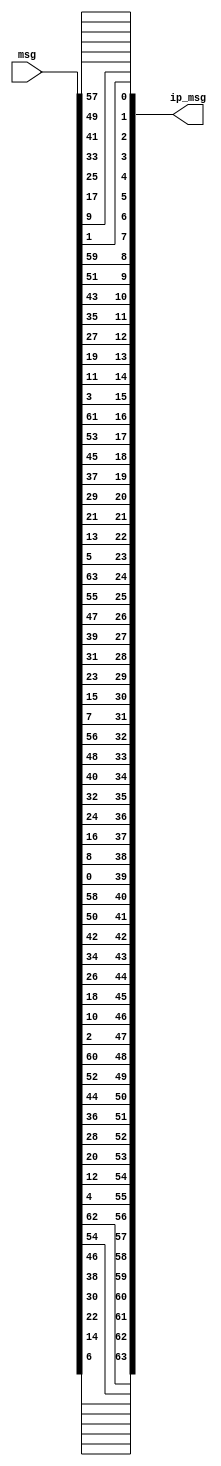
module ip(input[1:64] msg, output [1:64] ip_msg);
    assign ip_msg[1] = msg[58];
    assign ip_msg[2] = msg[50];
    assign ip_msg[3] = msg[42];
    assign ip_msg[4] = msg[34];
    assign ip_msg[5] = msg[26];
    assign ip_msg[6] = msg[18];
    assign ip_msg[7] = msg[10];
    assign ip_msg[8] = msg[2];
    assign ip_msg[9] = msg[60];
    assign ip_msg[10] = msg[52];
    assign ip_msg[11] = msg[44];
    assign ip_msg[12] = msg[36];
    assign ip_msg[13] = msg[28];
    assign ip_msg[14] = msg[20];
    assign ip_msg[15] = msg[12];
    assign ip_msg[16] = msg[4];
    assign ip_msg[17] = msg[62];
    assign ip_msg[18] = msg[54];
    assign ip_msg[19] = msg[46];
    assign ip_msg[20] = msg[38];
    assign ip_msg[21] = msg[30];
    assign ip_msg[22] = msg[22];
    assign ip_msg[23] = msg[14];
    assign ip_msg[24] = msg[6];
    assign ip_msg[25] = msg[64];
    assign ip_msg[26] = msg[56];
    assign ip_msg[27] = msg[48];
    assign ip_msg[28] = msg[40];
    assign ip_msg[29] = msg[32];
    assign ip_msg[30] = msg[24];
    assign ip_msg[31] = msg[16];
    assign ip_msg[32] = msg[8];
    assign ip_msg[33] = msg[57];
    assign ip_msg[34] = msg[49];
    assign ip_msg[35] = msg[41];
    assign ip_msg[36] = msg[33];
    assign ip_msg[37] = msg[25];
    assign ip_msg[38] = msg[17];
    assign ip_msg[39] = msg[9];
    assign ip_msg[40] = msg[1];
    assign ip_msg[41] = msg[59];
    assign ip_msg[42] = msg[51];
    assign ip_msg[43] = msg[43];
    assign ip_msg[44] = msg[35];
    assign ip_msg[45] = msg[27];
    assign ip_msg[46] = msg[19];
    assign ip_msg[47] = msg[11];
    assign ip_msg[48] = msg[3];
    assign ip_msg[49] = msg[61];
    assign ip_msg[50] = msg[53];
    assign ip_msg[51] = msg[45];
    assign ip_msg[52] = msg[37];
    assign ip_msg[53] = msg[29];
    assign ip_msg[54] = msg[21];
    assign ip_msg[55] = msg[13];
    assign ip_msg[56] = msg[5];
    assign ip_msg[57] = msg[63];
    assign ip_msg[58] = msg[55];
    assign ip_msg[59] = msg[47];
    assign ip_msg[60] = msg[39];
    assign ip_msg[61] = msg[31];
    assign ip_msg[62] = msg[23];
    assign ip_msg[63] = msg[15];
    assign ip_msg[64] = msg[7];
endmodule

module ip_inverse(input[1:64] msg, output [1:64] ipin_msg);
    assign ipin_msg[1] = msg[40];
    assign ipin_msg[2] = msg[8];
    assign ipin_msg[3] = msg[48];
    assign ipin_msg[4] = msg[16];
    assign ipin_msg[5] = msg[56];
    assign ipin_msg[6] = msg[24];
    assign ipin_msg[7] = msg[64];
    assign ipin_msg[8] = msg[32];
    assign ipin_msg[9] = msg[39];
    assign ipin_msg[10] = msg[7];
    assign ipin_msg[11] = msg[47];
    assign ipin_msg[12] = msg[15];
    assign ipin_msg[13] = msg[55];
    assign ipin_msg[14] = msg[23];
    assign ipin_msg[15] = msg[63];
    assign ipin_msg[16] = msg[31];
    assign ipin_msg[17] = msg[38];
    assign ipin_msg[18] = msg[6];
    assign ipin_msg[19] = msg[46];
    assign ipin_msg[20] = msg[14];
    assign ipin_msg[21] = msg[54];
    assign ipin_msg[22] = msg[22];
    assign ipin_msg[23] = msg[62];
    assign ipin_msg[24] = msg[30];
    assign ipin_msg[25] = msg[37];
    assign ipin_msg[26] = msg[5];
    assign ipin_msg[27] = msg[45];
    assign ipin_msg[28] = msg[13];
    assign ipin_msg[29] = msg[53];
    assign ipin_msg[30] = msg[21];
    assign ipin_msg[31] = msg[61];
    assign ipin_msg[32] = msg[29];
    assign ipin_msg[33] = msg[36];
    assign ipin_msg[34] = msg[4];
    assign ipin_msg[35] = msg[44];
    assign ipin_msg[36] = msg[12];
    assign ipin_msg[37] = msg[52];
    assign ipin_msg[38] = msg[20];
    assign ipin_msg[39] = msg[60];
    assign ipin_msg[40] = msg[28];
    assign ipin_msg[41] = msg[35];
    assign ipin_msg[42] = msg[3];
    assign ipin_msg[43] = msg[43];
    assign ipin_msg[44] = msg[11];
    assign ipin_msg[45] = msg[51];
    assign ipin_msg[46] = msg[19];
    assign ipin_msg[47] = msg[59];
    assign ipin_msg[48] = msg[27];
    assign ipin_msg[49] = msg[34];
    assign ipin_msg[50] = msg[2];
    assign ipin_msg[51] = msg[42];
    assign ipin_msg[52] = msg[10];
    assign ipin_msg[53] = msg[50];
    assign ipin_msg[54] = msg[18];
    assign ipin_msg[55] = msg[58];
    assign ipin_msg[56] = msg[26];
    assign ipin_msg[57] = msg[33];
    assign ipin_msg[58] = msg[1];
    assign ipin_msg[59] = msg[41];
    assign ipin_msg[60] = msg[9];
    assign ipin_msg[61] = msg[49];
    assign ipin_msg[62] = msg[17];
    assign ipin_msg[63] = msg[57];
    assign ipin_msg[64] = msg[25];
endmodule

module e(input[1:32] msg_r, output [1:48] emsg_r);
    assign emsg_r[1] = msg_r[32];
    assign emsg_r[2] = msg_r[1];
    assign emsg_r[3] = msg_r[2];
    assign emsg_r[4] = msg_r[3];
    assign emsg_r[5] = msg_r[4];
    assign emsg_r[6] = msg_r[5];
    assign emsg_r[7] = msg_r[4];
    assign emsg_r[8] = msg_r[5];
    assign emsg_r[9] = msg_r[6];
    assign emsg_r[10] = msg_r[7];
    assign emsg_r[11] = msg_r[8];
    assign emsg_r[12] = msg_r[9];
    assign emsg_r[13] = msg_r[8];
    assign emsg_r[14] = msg_r[9];
    assign emsg_r[15] = msg_r[10];
    assign emsg_r[16] = msg_r[11];
    assign emsg_r[17] = msg_r[12];
    assign emsg_r[18] = msg_r[13];
    assign emsg_r[19] = msg_r[12];
    assign emsg_r[20] = msg_r[13];
    assign emsg_r[21] = msg_r[14];
    assign emsg_r[22] = msg_r[15];
    assign emsg_r[23] = msg_r[16];
    assign emsg_r[24] = msg_r[17];
    assign emsg_r[25] = msg_r[16];
    assign emsg_r[26] = msg_r[17];
    assign emsg_r[27] = msg_r[18];
    assign emsg_r[28] = msg_r[19];
    assign emsg_r[29] = msg_r[20];
    assign emsg_r[30] = msg_r[21];
    assign emsg_r[31] = msg_r[20];
    assign emsg_r[32] = msg_r[21];
    assign emsg_r[33] = msg_r[22];
    assign emsg_r[34] = msg_r[23];
    assign emsg_r[35] = msg_r[24];
    assign emsg_r[36] = msg_r[25];
    assign emsg_r[37] = msg_r[24];
    assign emsg_r[38] = msg_r[25];
    assign emsg_r[39] = msg_r[26];
    assign emsg_r[40] = msg_r[27];
    assign emsg_r[41] = msg_r[28];
    assign emsg_r[42] = msg_r[29];
    assign emsg_r[43] = msg_r[28];
    assign emsg_r[44] = msg_r[29];
    assign emsg_r[45] = msg_r[30];
    assign emsg_r[46] = msg_r[31];
    assign emsg_r[47] = msg_r[32];
    assign emsg_r[48] = msg_r[1];
endmodule

module p_sbox(input[1:32] msg, output [1:32] p_msg);
    assign p_msg[1] = msg[16];
    assign p_msg[2] = msg[7];
    assign p_msg[3] = msg[20];
    assign p_msg[4] = msg[21];
    assign p_msg[5] = msg[29];
    assign p_msg[6] = msg[12];
    assign p_msg[7] = msg[28];
    assign p_msg[8] = msg[17];
    assign p_msg[9] = msg[1];
    assign p_msg[10] = msg[15];
    assign p_msg[11] = msg[23];
    assign p_msg[12] = msg[26];
    assign p_msg[13] = msg[5];
    assign p_msg[14] = msg[18];
    assign p_msg[15] = msg[31];
    assign p_msg[16] = msg[10];
    assign p_msg[17] = msg[2];
    assign p_msg[18] = msg[8];
    assign p_msg[19] = msg[24];
    assign p_msg[20] = msg[14];
    assign p_msg[21] = msg[32];
    assign p_msg[22] = msg[27];
    assign p_msg[23] = msg[3];
    assign p_msg[24] = msg[9];
    assign p_msg[25] = msg[19];
    assign p_msg[26] = msg[13];
    assign p_msg[27] = msg[30];
    assign p_msg[28] = msg[6];
    assign p_msg[29] = msg[22];
    assign p_msg[30] = msg[11];
    assign p_msg[31] = msg[4];
    assign p_msg[32] = msg[25];
endmodule

module s_box(input[6:1] B, input[3:0] s_box_id, output reg [4:1] SBOX);
    wire [2:1] i;
    wire [4:1] j;
    wire [3:0] S1[3:0][15:0];
    wire [3:0] S2[3:0][15:0];
    wire [3:0] S3[3:0][15:0];
    wire [3:0] S4[3:0][15:0];
    wire [3:0] S5[3:0][15:0];
    wire [3:0] S6[3:0][15:0];
    wire [3:0] S7[3:0][15:0];
    wire [3:0] S8[3:0][15:0];
    
    assign S1[0][0] = 14;
    assign S1[0][1] = 4;
    assign S1[0][2] = 13;
    assign S1[0][3] = 1;
    assign S1[0][4] = 2;
    assign S1[0][5] = 15;
    assign S1[0][6] = 11;
    assign S1[0][7] = 8;
    assign S1[0][8] = 3;
    assign S1[0][9] = 10;
    assign S1[0][10] = 6;
    assign S1[0][11] = 12;
    assign S1[0][12] = 5;
    assign S1[0][13] = 9;
    assign S1[0][14] = 0;
    assign S1[0][15] = 7;
    assign S1[1][0] = 0;
    assign S1[1][1] = 15;
    assign S1[1][2] = 7;
    assign S1[1][3] = 4;
    assign S1[1][4] = 14;
    assign S1[1][5] = 2;
    assign S1[1][6] = 13;
    assign S1[1][7] = 1;
    assign S1[1][8] = 10;
    assign S1[1][9] = 6;
    assign S1[1][10] = 12;
    assign S1[1][11] = 11;
    assign S1[1][12] = 9;
    assign S1[1][13] = 5;
    assign S1[1][14] = 3;
    assign S1[1][15] = 8;
    assign S1[2][0] = 4;
    assign S1[2][1] = 1;
    assign S1[2][2] = 14;
    assign S1[2][3] = 8;
    assign S1[2][4] = 13;
    assign S1[2][5] = 6;
    assign S1[2][6] = 2;
    assign S1[2][7] = 11;
    assign S1[2][8] = 15;
    assign S1[2][9] = 12;
    assign S1[2][10] = 9;
    assign S1[2][11] = 7;
    assign S1[2][12] = 3;
    assign S1[2][13] = 10;
    assign S1[2][14] = 5;
    assign S1[2][15] = 0;
    assign S1[3][0] = 15;
    assign S1[3][1] = 12;
    assign S1[3][2] = 8;
    assign S1[3][3] = 2;
    assign S1[3][4] = 4;
    assign S1[3][5] = 9;
    assign S1[3][6] = 1;
    assign S1[3][7] = 7;
    assign S1[3][8] = 5;
    assign S1[3][9] = 11;
    assign S1[3][10] = 3;
    assign S1[3][11] = 14;
    assign S1[3][12] = 10;
    assign S1[3][13] = 0;
    assign S1[3][14] = 6;
    assign S1[3][15] = 13;
    assign S2[0][0] = 15;
    assign S2[0][1] = 1;
    assign S2[0][2] = 8;
    assign S2[0][3] = 14;
    assign S2[0][4] = 6;
    assign S2[0][5] = 11;
    assign S2[0][6] = 3;
    assign S2[0][7] = 4;
    assign S2[0][8] = 9;
    assign S2[0][9] = 7;
    assign S2[0][10] = 2;
    assign S2[0][11] = 13;
    assign S2[0][12] = 12;
    assign S2[0][13] = 0;
    assign S2[0][14] = 5;
    assign S2[0][15] = 10;
    assign S2[1][0] = 3;
    assign S2[1][1] = 13;
    assign S2[1][2] = 4;
    assign S2[1][3] = 7;
    assign S2[1][4] = 15;
    assign S2[1][5] = 2;
    assign S2[1][6] = 8;
    assign S2[1][7] = 14;
    assign S2[1][8] = 12;
    assign S2[1][9] = 0;
    assign S2[1][10] = 1;
    assign S2[1][11] = 10;
    assign S2[1][12] = 6;
    assign S2[1][13] = 9;
    assign S2[1][14] = 11;
    assign S2[1][15] = 5;
    assign S2[2][0] = 0;
    assign S2[2][1] = 14;
    assign S2[2][2] = 7;
    assign S2[2][3] = 11;
    assign S2[2][4] = 10;
    assign S2[2][5] = 4;
    assign S2[2][6] = 13;
    assign S2[2][7] = 1;
    assign S2[2][8] = 5;
    assign S2[2][9] = 8;
    assign S2[2][10] = 12;
    assign S2[2][11] = 6;
    assign S2[2][12] = 9;
    assign S2[2][13] = 3;
    assign S2[2][14] = 2;
    assign S2[2][15] = 15;
    assign S2[3][0] = 13;
    assign S2[3][1] = 8;
    assign S2[3][2] = 10;
    assign S2[3][3] = 1;
    assign S2[3][4] = 3;
    assign S2[3][5] = 15;
    assign S2[3][6] = 4;
    assign S2[3][7] = 2;
    assign S2[3][8] = 11;
    assign S2[3][9] = 6;
    assign S2[3][10] = 7;
    assign S2[3][11] = 12;
    assign S2[3][12] = 0;
    assign S2[3][13] = 5;
    assign S2[3][14] = 14;
    assign S2[3][15] = 9;
    assign S3[0][0] = 10;
    assign S3[0][1] = 0;
    assign S3[0][2] = 9;
    assign S3[0][3] = 14;
    assign S3[0][4] = 6;
    assign S3[0][5] = 3;
    assign S3[0][6] = 15;
    assign S3[0][7] = 5;
    assign S3[0][8] = 1;
    assign S3[0][9] = 13;
    assign S3[0][10] = 12;
    assign S3[0][11] = 7;
    assign S3[0][12] = 11;
    assign S3[0][13] = 4;
    assign S3[0][14] = 2;
    assign S3[0][15] = 8;
    assign S3[1][0] = 13;
    assign S3[1][1] = 7;
    assign S3[1][2] = 0;
    assign S3[1][3] = 9;
    assign S3[1][4] = 3;
    assign S3[1][5] = 4;
    assign S3[1][6] = 6;
    assign S3[1][7] = 10;
    assign S3[1][8] = 2;
    assign S3[1][9] = 8;
    assign S3[1][10] = 5;
    assign S3[1][11] = 14;
    assign S3[1][12] = 12;
    assign S3[1][13] = 11;
    assign S3[1][14] = 15;
    assign S3[1][15] = 1;
    assign S3[2][0] = 13;
    assign S3[2][1] = 6;
    assign S3[2][2] = 4;
    assign S3[2][3] = 9;
    assign S3[2][4] = 8;
    assign S3[2][5] = 15;
    assign S3[2][6] = 3;
    assign S3[2][7] = 0;
    assign S3[2][8] = 11;
    assign S3[2][9] = 1;
    assign S3[2][10] = 2;
    assign S3[2][11] = 12;
    assign S3[2][12] = 5;
    assign S3[2][13] = 10;
    assign S3[2][14] = 14;
    assign S3[2][15] = 7;
    assign S3[3][0] = 1;
    assign S3[3][1] = 10;
    assign S3[3][2] = 13;
    assign S3[3][3] = 0;
    assign S3[3][4] = 6;
    assign S3[3][5] = 9;
    assign S3[3][6] = 8;
    assign S3[3][7] = 7;
    assign S3[3][8] = 4;
    assign S3[3][9] = 15;
    assign S3[3][10] = 14;
    assign S3[3][11] = 3;
    assign S3[3][12] = 11;
    assign S3[3][13] = 5;
    assign S3[3][14] = 2;
    assign S3[3][15] = 12;
    assign S4[0][0] = 7;
    assign S4[0][1] = 13;
    assign S4[0][2] = 14;
    assign S4[0][3] = 3;
    assign S4[0][4] = 0;
    assign S4[0][5] = 6;
    assign S4[0][6] = 9;
    assign S4[0][7] = 10;
    assign S4[0][8] = 1;
    assign S4[0][9] = 2;
    assign S4[0][10] = 8;
    assign S4[0][11] = 5;
    assign S4[0][12] = 11;
    assign S4[0][13] = 12;
    assign S4[0][14] = 4;
    assign S4[0][15] = 15;
    assign S4[1][0] = 13;
    assign S4[1][1] = 8;
    assign S4[1][2] = 11;
    assign S4[1][3] = 5;
    assign S4[1][4] = 6;
    assign S4[1][5] = 15;
    assign S4[1][6] = 0;
    assign S4[1][7] = 3;
    assign S4[1][8] = 4;
    assign S4[1][9] = 7;
    assign S4[1][10] = 2;
    assign S4[1][11] = 12;
    assign S4[1][12] = 1;
    assign S4[1][13] = 10;
    assign S4[1][14] = 14;
    assign S4[1][15] = 9;
    assign S4[2][0] = 10;
    assign S4[2][1] = 6;
    assign S4[2][2] = 9;
    assign S4[2][3] = 0;
    assign S4[2][4] = 12;
    assign S4[2][5] = 11;
    assign S4[2][6] = 7;
    assign S4[2][7] = 13;
    assign S4[2][8] = 15;
    assign S4[2][9] = 1;
    assign S4[2][10] = 3;
    assign S4[2][11] = 14;
    assign S4[2][12] = 5;
    assign S4[2][13] = 2;
    assign S4[2][14] = 8;
    assign S4[2][15] = 4;
    assign S4[3][0] = 3;
    assign S4[3][1] = 15;
    assign S4[3][2] = 0;
    assign S4[3][3] = 6;
    assign S4[3][4] = 10;
    assign S4[3][5] = 1;
    assign S4[3][6] = 13;
    assign S4[3][7] = 8;
    assign S4[3][8] = 9;
    assign S4[3][9] = 4;
    assign S4[3][10] = 5;
    assign S4[3][11] = 11;
    assign S4[3][12] = 12;
    assign S4[3][13] = 7;
    assign S4[3][14] = 2;
    assign S4[3][15] = 14;
    assign S5[0][0] = 2;
    assign S5[0][1] = 12;
    assign S5[0][2] = 4;
    assign S5[0][3] = 1;
    assign S5[0][4] = 7;
    assign S5[0][5] = 10;
    assign S5[0][6] = 11;
    assign S5[0][7] = 6;
    assign S5[0][8] = 8;
    assign S5[0][9] = 5;
    assign S5[0][10] = 3;
    assign S5[0][11] = 15;
    assign S5[0][12] = 13;
    assign S5[0][13] = 0;
    assign S5[0][14] = 14;
    assign S5[0][15] = 9;
    assign S5[1][0] = 14;
    assign S5[1][1] = 11;
    assign S5[1][2] = 2;
    assign S5[1][3] = 12;
    assign S5[1][4] = 4;
    assign S5[1][5] = 7;
    assign S5[1][6] = 13;
    assign S5[1][7] = 1;
    assign S5[1][8] = 5;
    assign S5[1][9] = 0;
    assign S5[1][10] = 15;
    assign S5[1][11] = 10;
    assign S5[1][12] = 3;
    assign S5[1][13] = 9;
    assign S5[1][14] = 8;
    assign S5[1][15] = 6;
    assign S5[2][0] = 4;
    assign S5[2][1] = 2;
    assign S5[2][2] = 1;
    assign S5[2][3] = 11;
    assign S5[2][4] = 10;
    assign S5[2][5] = 13;
    assign S5[2][6] = 7;
    assign S5[2][7] = 8;
    assign S5[2][8] = 15;
    assign S5[2][9] = 9;
    assign S5[2][10] = 12;
    assign S5[2][11] = 5;
    assign S5[2][12] = 6;
    assign S5[2][13] = 3;
    assign S5[2][14] = 0;
    assign S5[2][15] = 14;
    assign S5[3][0] = 11;
    assign S5[3][1] = 8;
    assign S5[3][2] = 12;
    assign S5[3][3] = 7;
    assign S5[3][4] = 1;
    assign S5[3][5] = 14;
    assign S5[3][6] = 2;
    assign S5[3][7] = 13;
    assign S5[3][8] = 6;
    assign S5[3][9] = 15;
    assign S5[3][10] = 0;
    assign S5[3][11] = 9;
    assign S5[3][12] = 10;
    assign S5[3][13] = 4;
    assign S5[3][14] = 5;
    assign S5[3][15] = 3;
    assign S6[0][0] = 12;
    assign S6[0][1] = 1;
    assign S6[0][2] = 10;
    assign S6[0][3] = 15;
    assign S6[0][4] = 9;
    assign S6[0][5] = 2;
    assign S6[0][6] = 6;
    assign S6[0][7] = 8;
    assign S6[0][8] = 0;
    assign S6[0][9] = 13;
    assign S6[0][10] = 3;
    assign S6[0][11] = 4;
    assign S6[0][12] = 14;
    assign S6[0][13] = 7;
    assign S6[0][14] = 5;
    assign S6[0][15] = 11;
    assign S6[1][0] = 10;
    assign S6[1][1] = 15;
    assign S6[1][2] = 4;
    assign S6[1][3] = 2;
    assign S6[1][4] = 7;
    assign S6[1][5] = 12;
    assign S6[1][6] = 9;
    assign S6[1][7] = 5;
    assign S6[1][8] = 6;
    assign S6[1][9] = 1;
    assign S6[1][10] = 13;
    assign S6[1][11] = 14;
    assign S6[1][12] = 0;
    assign S6[1][13] = 11;
    assign S6[1][14] = 3;
    assign S6[1][15] = 8;
    assign S6[2][0] = 9;
    assign S6[2][1] = 14;
    assign S6[2][2] = 15;
    assign S6[2][3] = 5;
    assign S6[2][4] = 2;
    assign S6[2][5] = 8;
    assign S6[2][6] = 12;
    assign S6[2][7] = 3;
    assign S6[2][8] = 7;
    assign S6[2][9] = 0;
    assign S6[2][10] = 4;
    assign S6[2][11] = 10;
    assign S6[2][12] = 1;
    assign S6[2][13] = 13;
    assign S6[2][14] = 11;
    assign S6[2][15] = 6;
    assign S6[3][0] = 4;
    assign S6[3][1] = 3;
    assign S6[3][2] = 2;
    assign S6[3][3] = 12;
    assign S6[3][4] = 9;
    assign S6[3][5] = 5;
    assign S6[3][6] = 15;
    assign S6[3][7] = 10;
    assign S6[3][8] = 11;
    assign S6[3][9] = 14;
    assign S6[3][10] = 1;
    assign S6[3][11] = 7;
    assign S6[3][12] = 6;
    assign S6[3][13] = 0;
    assign S6[3][14] = 8;
    assign S6[3][15] = 13;
    assign S7[0][0] = 4;
    assign S7[0][1] = 11;
    assign S7[0][2] = 2;
    assign S7[0][3] = 14;
    assign S7[0][4] = 15;
    assign S7[0][5] = 0;
    assign S7[0][6] = 8;
    assign S7[0][7] = 13;
    assign S7[0][8] = 3;
    assign S7[0][9] = 12;
    assign S7[0][10] = 9;
    assign S7[0][11] = 7;
    assign S7[0][12] = 5;
    assign S7[0][13] = 10;
    assign S7[0][14] = 6;
    assign S7[0][15] = 1;
    assign S7[1][0] = 13;
    assign S7[1][1] = 0;
    assign S7[1][2] = 11;
    assign S7[1][3] = 7;
    assign S7[1][4] = 4;
    assign S7[1][5] = 9;
    assign S7[1][6] = 1;
    assign S7[1][7] = 10;
    assign S7[1][8] = 14;
    assign S7[1][9] = 3;
    assign S7[1][10] = 5;
    assign S7[1][11] = 12;
    assign S7[1][12] = 2;
    assign S7[1][13] = 15;
    assign S7[1][14] = 8;
    assign S7[1][15] = 6;
    assign S7[2][0] = 1;
    assign S7[2][1] = 4;
    assign S7[2][2] = 11;
    assign S7[2][3] = 13;
    assign S7[2][4] = 12;
    assign S7[2][5] = 3;
    assign S7[2][6] = 7;
    assign S7[2][7] = 14;
    assign S7[2][8] = 10;
    assign S7[2][9] = 15;
    assign S7[2][10] = 6;
    assign S7[2][11] = 8;
    assign S7[2][12] = 0;
    assign S7[2][13] = 5;
    assign S7[2][14] = 9;
    assign S7[2][15] = 2;
    assign S7[3][0] = 6;
    assign S7[3][1] = 11;
    assign S7[3][2] = 13;
    assign S7[3][3] = 8;
    assign S7[3][4] = 1;
    assign S7[3][5] = 4;
    assign S7[3][6] = 10;
    assign S7[3][7] = 7;
    assign S7[3][8] = 9;
    assign S7[3][9] = 5;
    assign S7[3][10] = 0;
    assign S7[3][11] = 15;
    assign S7[3][12] = 14;
    assign S7[3][13] = 2;
    assign S7[3][14] = 3;
    assign S7[3][15] = 12;
    assign S8[0][0] = 13;
    assign S8[0][1] = 2;
    assign S8[0][2] = 8;
    assign S8[0][3] = 4;
    assign S8[0][4] = 6;
    assign S8[0][5] = 15;
    assign S8[0][6] = 11;
    assign S8[0][7] = 1;
    assign S8[0][8] = 10;
    assign S8[0][9] = 9;
    assign S8[0][10] = 3;
    assign S8[0][11] = 14;
    assign S8[0][12] = 5;
    assign S8[0][13] = 0;
    assign S8[0][14] = 12;
    assign S8[0][15] = 7;
    assign S8[1][0] = 1;
    assign S8[1][1] = 15;
    assign S8[1][2] = 13;
    assign S8[1][3] = 8;
    assign S8[1][4] = 10;
    assign S8[1][5] = 3;
    assign S8[1][6] = 7;
    assign S8[1][7] = 4;
    assign S8[1][8] = 12;
    assign S8[1][9] = 5;
    assign S8[1][10] = 6;
    assign S8[1][11] = 11;
    assign S8[1][12] = 0;
    assign S8[1][13] = 14;
    assign S8[1][14] = 9;
    assign S8[1][15] = 2;
    assign S8[2][0] = 7;
    assign S8[2][1] = 11;
    assign S8[2][2] = 4;
    assign S8[2][3] = 1;
    assign S8[2][4] = 9;
    assign S8[2][5] = 12;
    assign S8[2][6] = 14;
    assign S8[2][7] = 2;
    assign S8[2][8] = 0;
    assign S8[2][9] = 6;
    assign S8[2][10] = 10;
    assign S8[2][11] = 13;
    assign S8[2][12] = 15;
    assign S8[2][13] = 3;
    assign S8[2][14] = 5;
    assign S8[2][15] = 8;
    assign S8[3][0] = 2;
    assign S8[3][1] = 1;
    assign S8[3][2] = 14;
    assign S8[3][3] = 7;
    assign S8[3][4] = 4;
    assign S8[3][5] = 10;
    assign S8[3][6] = 8;
    assign S8[3][7] = 13;
    assign S8[3][8] = 15;
    assign S8[3][9] = 12;
    assign S8[3][10] = 9;
    assign S8[3][11] = 0;
    assign S8[3][12] = 3;
    assign S8[3][13] = 5;
    assign S8[3][14] = 6;
    assign S8[3][15] = 11;

    assign i[2:1] = {B[6], B[1]};
    assign j[4:1] = B[5:2];

    always @(*) begin
        case(s_box_id)
            4'b0001:  SBOX = S1[i][j];
            4'b0010:  SBOX = S2[i][j];
            4'b0011:  SBOX = S3[i][j];
            4'b0100:  SBOX = S4[i][j];
            4'b0101:  SBOX = S5[i][j];
            4'b0110:  SBOX = S6[i][j];
            4'b0111:  SBOX = S7[i][j];
            4'b1000:  SBOX = S8[i][j];
        endcase
    end
endmodule

module f(input[1:32] msg_r, input[1:48] key, output[1:32] f_out);
    wire[1:48] temp,emsg_r;
    wire[1:32] temp_s_box;
    wire[4:1] s_box1,s_box2,s_box3,s_box4,s_box5,s_box6,s_box7,s_box8;
    wire [5:0] B1,B2,B3,B4,B5,B6,B7,B8;

    e inst(msg_r, emsg_r);

    assign temp = key ^ emsg_r;

    assign B8 = temp[43:48];
    assign B7 = temp[37:42];
    assign B6 = temp[31:36];
    assign B5 = temp[25:30];
    assign B4 = temp[19:24];
    assign B3 = temp[13:18];
    assign B2 = temp[7:12];
    assign B1 = temp[1:6];

    s_box s1(B1, 4'd1, s_box1);
    s_box s2(B2, 4'd2, s_box2);
    s_box s3(B3, 4'd3, s_box3);
    s_box s4(B4, 4'd4, s_box4);
    s_box s5(B5, 4'd5, s_box5);
    s_box s6(B6, 4'd6, s_box6);
    s_box s7(B7, 4'd7, s_box7);
    s_box s8(B8, 4'd8, s_box8);
    
    assign temp_s_box = {s_box1,s_box2,s_box3,s_box4,s_box5,s_box6,s_box7,s_box8};
    
    p_sbox obj(temp_s_box, f_out);

    // initial begin
    //     #6
    //     $display("e_msg_r = %b",emsg_r);
    //     $display("key1     = %b",key);
    //     $display("sbox_i  = %b",temp);
    //     $display("sbox_o  = %b",temp_s_box);
    //     $display("f_out   = %b",f_out);
    // end
endmodule

module encrypt(input[1:64]msg, input[1:48] k1,k2,k3,k4,k5,k6,k7,k8,k9,k10,k11,k12,k13,k14,k15,k16, output[1:64]cipher);
    wire[32:1] msg_l[16:0], msg_r[16:0];
    wire[64:1] ip_msg;
    wire[64:1] out_msg;
    wire[32:1] fout[16:1];
    wire[32:1] r_msg;
    
    ip start_ip(msg,ip_msg);

    assign {msg_l[0],msg_r[0]} = ip_msg;
    
    assign msg_l[1] = msg_r[0];
    f start_f1(msg_r[0], k1, fout[1]);
    assign msg_r[1] = fout[1]^msg_l[0];

    assign msg_l[2] = msg_r[1];
    f start_f2(msg_r[1], k2, fout[2]);
    assign msg_r[2] = fout[2]^msg_l[1];

    assign msg_l[3] = msg_r[2];
    f start_f3(msg_r[2], k3, fout[3]);
    assign msg_r[3] = fout[3]^msg_l[2];

    assign msg_l[4] = msg_r[3];
    f start_f4(msg_r[3], k4, fout[4]);
    assign msg_r[4] = fout[4]^msg_l[3];

    assign msg_l[5] = msg_r[4];
    f start_f5(msg_r[4], k5, fout[5]);
    assign msg_r[5] = fout[5]^msg_l[4];

    assign msg_l[6] = msg_r[5];
    f start_f6(msg_r[5], k6, fout[6]);
    assign msg_r[6] = fout[6]^msg_l[5];

    assign msg_l[7] = msg_r[6];
    f start_f7(msg_r[6], k7, fout[7]);
    assign msg_r[7] = fout[7]^msg_l[6];

    assign msg_l[8] = msg_r[7];
    f start_f8(msg_r[7], k8, fout[8]);
    assign msg_r[8] = fout[8]^msg_l[7];

    assign msg_l[9] = msg_r[8];
    f start_f9(msg_r[8], k9, fout[9]);
    assign msg_r[9] = fout[9]^msg_l[8];

    assign msg_l[10] = msg_r[9];
    f start_f10(msg_r[9], k10, fout[10]);
    assign msg_r[10] = fout[10]^msg_l[9];

    assign msg_l[11] = msg_r[10];
    f start_f11(msg_r[10], k11, fout[11]);
    assign msg_r[11] = fout[11]^msg_l[10];

    assign msg_l[12] = msg_r[11];
    f start_f12(msg_r[11], k12, fout[12]);
    assign msg_r[12] = fout[12]^msg_l[11];

    assign msg_l[13] = msg_r[12];
    f start_f13(msg_r[12], k13, fout[13]);
    assign msg_r[13] = fout[13]^msg_l[12];

    assign msg_l[14] = msg_r[13];
    f start_f14(msg_r[13], k14, fout[14]);
    assign msg_r[14] = fout[14]^msg_l[13];

    assign msg_l[15] = msg_r[14];
    f start_f15(msg_r[14], k15, fout[15]);
    assign msg_r[15] = fout[15]^msg_l[14];

    assign msg_l[16] = msg_r[15];
    f start_f16(msg_r[15], k16, fout[16]);
    assign msg_r[16] = fout[16]^msg_l[15];

    assign out_msg = {msg_r[16],msg_l[16]};

    ip_inverse start_ip_in(out_msg,cipher);

    initial begin
        #5
        $display("msg      = %b",msg);
    end
endmodule

module decrypt(input [1:64] cipher,input [1:48] k1,k2,k3,k4,k5,k6,k7,k8,k9,k10,k11,k12,k13,k14,k15,k16,output [1:64] d_cipher);
    wire [1:64] ip_msg;
    wire [1:64] out_msg;
    wire [1:32] msg_l[16:0],msg_r[16:0],fout[16:1];
    ip start(cipher,ip_msg);

    assign {msg_l[0],msg_r[0]}={ip_msg[1:32],ip_msg[33:64]};

    assign msg_l[1]=msg_r[0];
    f inst1(msg_r[0],k16,fout[1]);
    assign msg_r[1]=msg_l[0]^fout[1];

    assign msg_l[2]=msg_r[1];
    f inst2(msg_r[1],k15,fout[2]);
    assign msg_r[2]=msg_l[1]^fout[2];

    assign msg_l[3]=msg_r[2];
    f inst3(msg_r[2],k14,fout[3]);
    assign msg_r[3]=msg_l[2]^fout[3];

    assign msg_l[4]=msg_r[3];
    f inst4(msg_r[3],k13,fout[4]);
    assign msg_r[4]=msg_l[3]^fout[4];

    assign msg_l[5]=msg_r[4];
    f inst5(msg_r[4],k12,fout[5]);
    assign msg_r[5]=msg_l[4]^fout[5];

    assign msg_l[6]=msg_r[5];
    f inst6(msg_r[5],k11,fout[6]);
    assign msg_r[6]=msg_l[5]^fout[6];

    assign msg_l[7]=msg_r[6];
    f inst7(msg_r[6],k10,fout[7]);
    assign msg_r[7]=msg_l[6]^fout[7];

    assign msg_l[8]=msg_r[7];
    f inst8(msg_r[7],k9,fout[8]);
    assign msg_r[8]=msg_l[7]^fout[8];

    assign msg_l[9]=msg_r[8];
    f inst9(msg_r[8],k8,fout[9]);
    assign msg_r[9]=msg_l[8]^fout[9];

    assign msg_l[10]=msg_r[9];
    f inst10(msg_r[9],k7,fout[10]);
    assign msg_r[10]=msg_l[9]^fout[10];

    assign msg_l[11]=msg_r[10];
    f inst11(msg_r[10],k6,fout[11]);
    assign msg_r[11]=msg_l[10]^fout[11];

    assign msg_l[12]=msg_r[11];
    f inst12(msg_r[11],k5,fout[12]);
    assign msg_r[12]=msg_l[11]^fout[12];

    assign msg_l[13]=msg_r[12];
    f inst13(msg_r[12],k4,fout[13]);
    assign msg_r[13]=msg_l[12]^fout[13];

    assign msg_l[14]=msg_r[13];
    f inst14(msg_r[13],k3,fout[14]);
    assign msg_r[14]=msg_l[13]^fout[14];

    assign msg_l[15]=msg_r[14];
    f inst15(msg_r[14],k2,fout[15]);
    assign msg_r[15]=msg_l[14]^fout[15];

    assign msg_l[16]=msg_r[15];
    f inst16(msg_r[15],k1,fout[16]);
    assign msg_r[16]=msg_l[15]^fout[16];
    
    assign out_msg={msg_r[16],msg_l[16]};
    ip_inverse inst17(out_msg,d_cipher);
endmodule

module pc_1(input [1:64] key, output [1:56] pc1);
    assign pc1[1] = key[57];
    assign pc1[2] = key[49];
    assign pc1[3] = key[41];
    assign pc1[4] = key[33];
    assign pc1[5] = key[25];
    assign pc1[6] = key[17];
    assign pc1[7] = key[9];
    assign pc1[8] = key[1];
    assign pc1[9] = key[58];
    assign pc1[10] = key[50];
    assign pc1[11] = key[42];
    assign pc1[12] = key[34];
    assign pc1[13] = key[26];
    assign pc1[14] = key[18];
    assign pc1[15] = key[10];
    assign pc1[16] = key[2];
    assign pc1[17] = key[59];
    assign pc1[18] = key[51];
    assign pc1[19] = key[43];
    assign pc1[20] = key[35];
    assign pc1[21] = key[27];
    assign pc1[22] = key[19];
    assign pc1[23] = key[11];
    assign pc1[24] = key[3];
    assign pc1[25] = key[60];
    assign pc1[26] = key[52];
    assign pc1[27] = key[44];
    assign pc1[28] = key[36];
    assign pc1[29] = key[63];
    assign pc1[30] = key[55];
    assign pc1[31] = key[47];
    assign pc1[32] = key[39];
    assign pc1[33] = key[31];
    assign pc1[34] = key[23];
    assign pc1[35] = key[15];
    assign pc1[36] = key[7];
    assign pc1[37] = key[62];
    assign pc1[38] = key[54];
    assign pc1[39] = key[46];
    assign pc1[40] = key[38];
    assign pc1[41] = key[30];
    assign pc1[42] = key[22];
    assign pc1[43] = key[14];
    assign pc1[44] = key[6];
    assign pc1[45] = key[61];
    assign pc1[46] = key[53];
    assign pc1[47] = key[45];
    assign pc1[48] = key[37];
    assign pc1[49] = key[29];
    assign pc1[50] = key[21];
    assign pc1[51] = key[13];
    assign pc1[52] = key[5];
    assign pc1[53] = key[28];
    assign pc1[54] = key[20];
    assign pc1[55] = key[12];
    assign pc1[56] = key[4];
    // initial begin
    //    #5 $display("pc1      = %b",key);
    // end
endmodule

module pc_2(input [1:56] key, output [1:48] pc2);
    assign pc2[1] = key[14];
    assign pc2[2] = key[17];
    assign pc2[3] = key[11];
    assign pc2[4] = key[24];
    assign pc2[5] = key[1];
    assign pc2[6] = key[5];
    assign pc2[7] = key[3];
    assign pc2[8] = key[28];
    assign pc2[9] = key[15];
    assign pc2[10] = key[6];
    assign pc2[11] = key[21];
    assign pc2[12] = key[10];
    assign pc2[13] = key[23];
    assign pc2[14] = key[19];
    assign pc2[15] = key[12];
    assign pc2[16] = key[4];
    assign pc2[17] = key[26];
    assign pc2[18] = key[8];
    assign pc2[19] = key[16];
    assign pc2[20] = key[7];
    assign pc2[21] = key[27];
    assign pc2[22] = key[20];
    assign pc2[23] = key[13];
    assign pc2[24] = key[2];
    assign pc2[25] = key[41];
    assign pc2[26] = key[52];
    assign pc2[27] = key[31];
    assign pc2[28] = key[37];
    assign pc2[29] = key[47];
    assign pc2[30] = key[55];
    assign pc2[31] = key[30];
    assign pc2[32] = key[40];
    assign pc2[33] = key[51];
    assign pc2[34] = key[45];
    assign pc2[35] = key[33];
    assign pc2[36] = key[48];
    assign pc2[37] = key[44];
    assign pc2[38] = key[49];
    assign pc2[39] = key[39];
    assign pc2[40] = key[56];
    assign pc2[41] = key[34];
    assign pc2[42] = key[53];
    assign pc2[43] = key[46];
    assign pc2[44] = key[42];
    assign pc2[45] = key[50];
    assign pc2[46] = key[36];
    assign pc2[47] = key[29];
    assign pc2[48] = key[32];
endmodule

module shift(input[4:0] i, input[1:28] k_l,input[1:28] k_r, output reg[1:28] key_l,output reg[1:28] key_r);

    always @(*) begin
        if(i==1||i==2||i==9||i==16)
            {key_l,key_r} = {{k_l[2:28],k_l[1]},{k_r[2:28],k_r[1]}};
        else 
            {key_l,key_r} = {k_l[3:28],k_l[1:2],k_r[3:28],k_r[1:2]};
    end    
endmodule

module in_key(input[1:64] key_in, output[1:48] k1,k2,k3,k4,k5,k6,k7,k8,k9,k10,k11,k12,k13,k14,k15,k16);

    wire[28:1] k_l[16:0],k_r[16:0];
    wire[56:1] temp;
    wire [1:56] x;

    pc_1 start1(key_in,temp);
    assign {k_l[0],k_r[0]} = temp;
    assign x = temp;

    shift s1(5'd1,k_l[0],k_r[0],k_l[1],k_r[1]);
    pc_2 start2({k_l[1],k_r[1]},k1);

    shift s2(5'd2,k_l[1],k_r[1],k_l[2],k_r[2]);
    pc_2 start3({k_l[2],k_r[2]},k2);

    shift s3(5'd3,k_l[2],k_r[2],k_l[3],k_r[3]);
    pc_2 start4({k_l[3],k_r[3]},k3);

    shift s4(5'd4,k_l[3],k_r[3],k_l[4],k_r[4]);
    pc_2 start5({k_l[4],k_r[4]},k4);

    shift s5(5'd5,k_l[4],k_r[4],k_l[5],k_r[5]);
    pc_2 start6({k_l[5],k_r[5]},k5);

    shift s6(5'd6,k_l[5],k_r[5],k_l[6],k_r[6]);
    pc_2 start7({k_l[6],k_r[6]},k6);

    shift s7(5'd7,k_l[6],k_r[6],k_l[7],k_r[7]);
    pc_2 start8({k_l[7],k_r[7]},k7);

    shift s8(5'd8,k_l[7],k_r[7],k_l[8],k_r[8]);
    pc_2 start9({k_l[8],k_r[8]},k8);

    shift s9(5'd9,k_l[8],k_r[8],k_l[9],k_r[9]);
    pc_2 start10({k_l[9],k_r[9]},k9);

    shift s10(5'd10,k_l[9],k_r[9],k_l[10],k_r[10]);
    pc_2 start11({k_l[10],k_r[10]},k10);

    shift s11(5'd11,k_l[10],k_r[10],k_l[11],k_r[11]);
    pc_2 start12({k_l[11],k_r[11]},k11);

    shift s12(5'd12,k_l[11],k_r[11],k_l[12],k_r[12]);
    pc_2 start13({k_l[12],k_r[12]},k12);

    shift s13(5'd13,k_l[12],k_r[12],k_l[13],k_r[13]);
    pc_2 start14({k_l[13],k_r[13]},k13);

    shift s14(5'd14,k_l[13],k_r[13],k_l[14],k_r[14]);
    pc_2 start15({k_l[14],k_r[14]},k14);

    shift s15(5'd15,k_l[14],k_r[14],k_l[15],k_r[15]);
    pc_2 start16({k_l[15],k_r[15]},k15);

    shift s16(5'd16,k_l[15],k_r[15],k_l[16],k_r[16]);
    pc_2 start17({k_l[16],k_r[16]},k16);

    // initial begin
    //     #5 $display("pc1      = %b",temp);
    // end
    
endmodule

module test_bench();
    reg[64:1] msg;
    reg[64:1] key_in;
    wire[48:1] k1,k2,k3,k4,k5,k6,k7,k8,k9,k10,k11,k12,k13,k14,k15,k16;
    wire[64:1] cipher,d_cipher;

    in_key inst_key(key_in,k1,k2,k3,k4,k5,k6,k7,k8,k9,k10,k11,k12,k13,k14,k15,k16);
    encrypt start(msg,k1,k2,k3,k4,k5,k6,k7,k8,k9,k10,k11,k12,k13,k14,k15,k16,cipher);
    decrypt inst(cipher,k1,k2,k3,k4,k5,k6,k7,k8,k9,k10,k11,k12,k13,k14,k15,k16,d_cipher);
    initial begin
        msg = 64'b1000000000111001100000101001100101000110011111011100011001010101;
        key_in = 64'b00010011_00110100_01010111_01111001_10011011_10111100_11000110_01010101;
        #5
        $display("cipher   = %b",cipher);
        #10
        $display("d_cipher = %b",d_cipher);
    end
endmodule